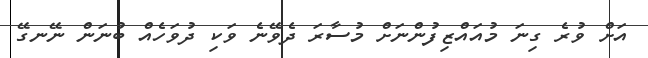
އަށް ވުރެ ގިނަ މުއައްޒިފުންނަށް މުސާރަ ދެވޭނެ ވަކި ދުވަހެއް ބުނަން ނޭނގޭ